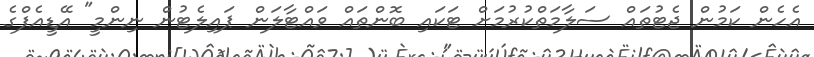
އެހެން ކަމުން ޖެޓުތައް ސަލާމަތްކުރުމަށް ޓަކައި ބޮންތައް ވައްޓާލަން ޕައިލެޓުން ނިންމީ" އޭޑީއެފްގެ